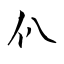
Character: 仈